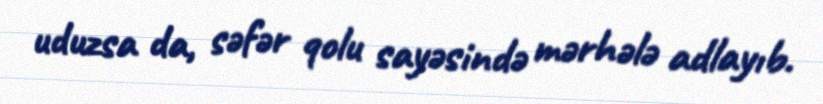
uduzsa da, səfər qolu sayəsində mərhələ adlayıb.